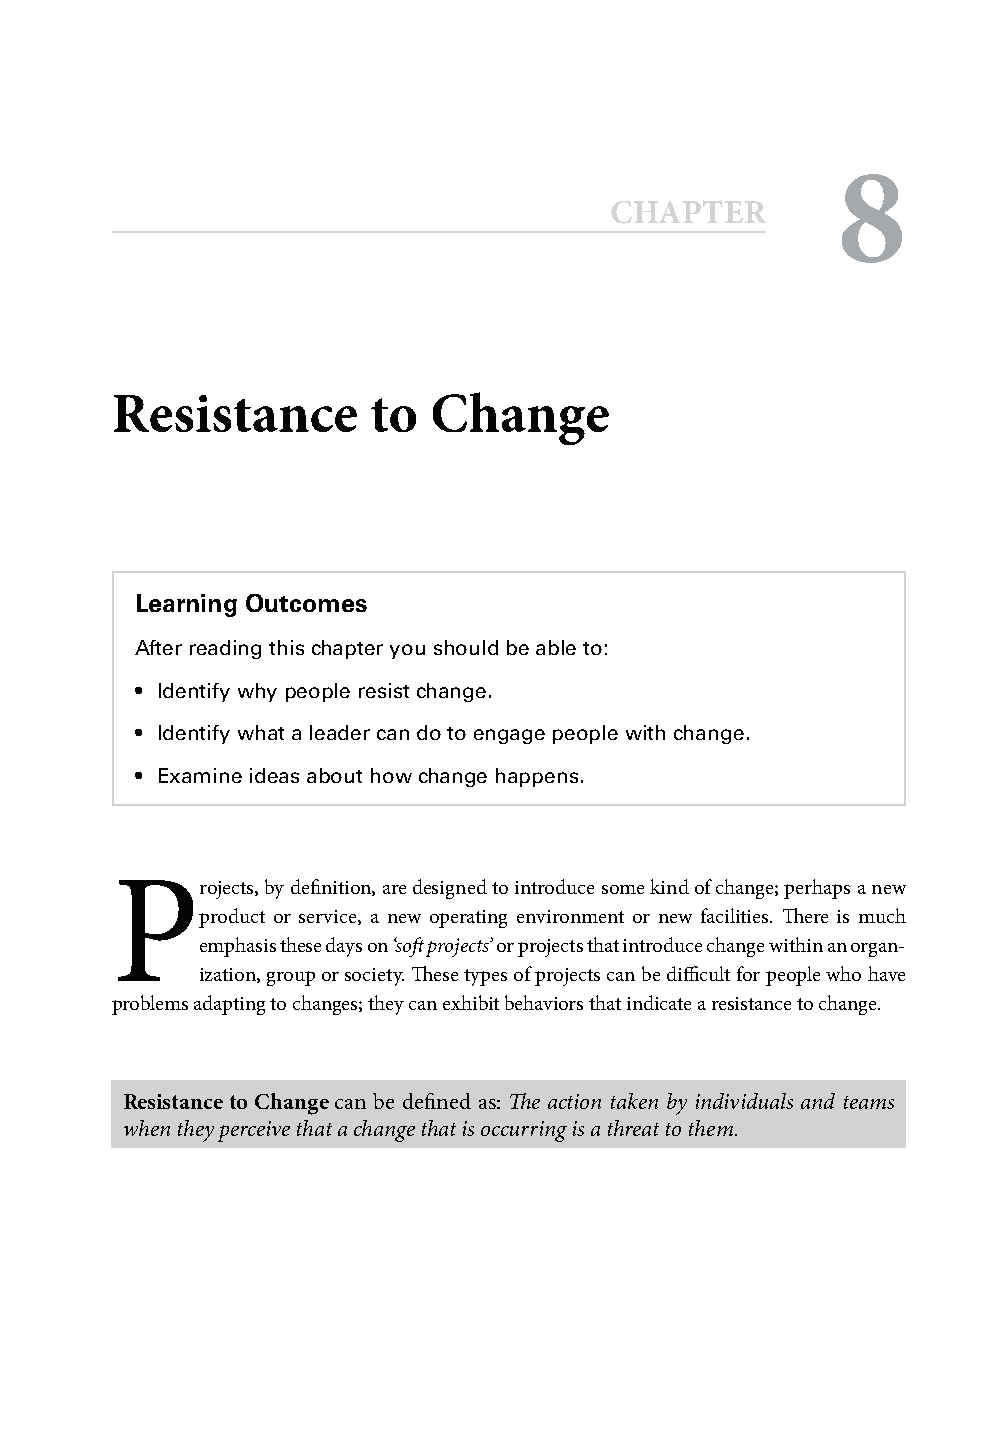
8
 CCHHAAPPTTEERR
 Resistance       to  Change
 Learning Outcomes
 After reading this chapter you should be able to:
 • Identify why people resist change.
 • Identify what a leader can do to engage people with change.
 • Examine ideas about how change happens.
 P
 rojects, by defi nition, are designed to introduce some kind of change; perhaps a new
 product or service, a new operating environment or new facilities. Th ere is much
 emphasis these days on ‘soft projects’ or projects that introduce change within an organ-
 ization, group or society. Th ese types of projects can be diffi cult for people who have
 problems adapting to changes; they can exhibit behaviors that indicate a resistance to change.
 Resistance to Change can be defi ned as: Th e action taken by individuals and teams
 when they perceive that a change that is occurring is a threat to them.